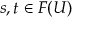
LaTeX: s , t \in F ( U )